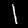
Label: 1